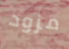
مزود